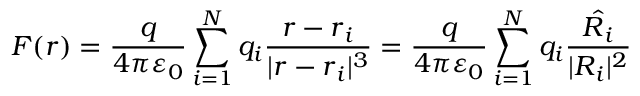
{ \boldsymbol { F } } ( { \boldsymbol { r } } ) = { \frac { q } { 4 \pi \varepsilon _ { 0 } } } \sum _ { i = 1 } ^ { N } q _ { i } { \frac { { \boldsymbol { r } } - { \boldsymbol { r } } _ { i } } { | { \boldsymbol { r } } - { \boldsymbol { r } } _ { i } | ^ { 3 } } } = { \frac { q } { 4 \pi \varepsilon _ { 0 } } } \sum _ { i = 1 } ^ { N } q _ { i } { \frac { \hat { { \boldsymbol { R } } _ { i } } } { | { \boldsymbol { R } } _ { i } | ^ { 2 } } }